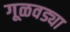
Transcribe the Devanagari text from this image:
गूळवड्या